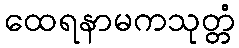
ထေရနာမကသုတ္တံ